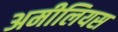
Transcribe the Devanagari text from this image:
अमीलियस